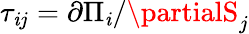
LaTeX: \tau_{\mathit{i}j}=\partial\Pi_{\mathit{i}}/\partialS_{j}